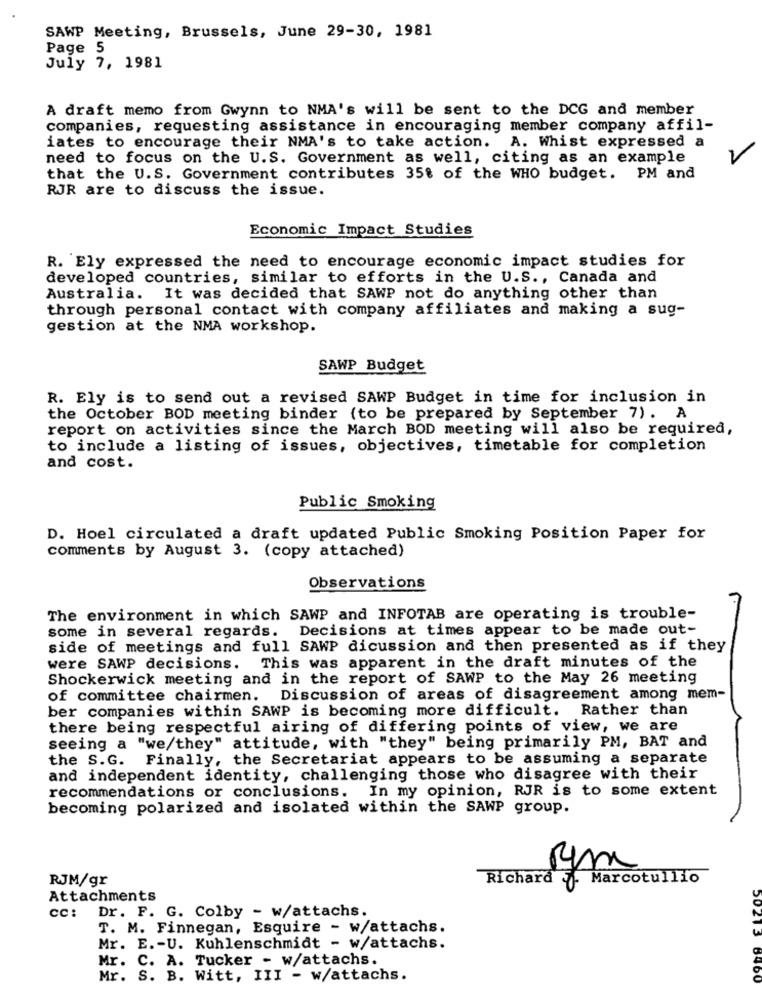
SAWP Meeting, Brussels, June 29-30, 1981
Page
5
July 7, 1981
A draft memo from Gwynn to NMA's will be sent to the DCG and member
companies, requesting assistance in encouraging member company affil-
iates to encourage their NMA's to take action.
A. Whist expressed a
need to focus on the U.S. Government as well, citing as an example
that the U.S. Government contributes 35% of the WHO budget. PM and
RJR are to discuss the issue.
Economic Impact Studies
R. Ely expressed the need to encourage economic impact studies for
developed countries, similar to efforts in the U.S ., Canada and
Australia. It was decided that SAWP not do anything other than
through personal contact with company affiliates and making a sug-
gestion at the NMA workshop.
SAWP Budget
R. Ely is to send out a revised SAWP Budget in time for inclusion in
the October BOD meeting binder (to be prepared by September 7). A
report on activities since the March BOD meeting will also be required,
to include a listing of issues, objectives, timetable for completion
and cost.
Public Smoking
D. Hoel circulated a draft updated Public Smoking Position Paper for
comments by August 3. (copy attached)
Observations
The environment in which SAWP and INFOTAB are operating is trouble-
some in several regards. Decisions at times appear to be made out-
side of meetings and full SAWP dicussion and then presented as if they
were SAWP decisions.
This was apparent in the draft minutes of the
Shockerwick meeting and in the report of SAWP to the May 26 meeting
of committee chairmen.
Discussion of areas of disagreement among mem-
ber companies within SAWP is becoming more difficult.
Rather than
there being respectful airing of differing points of view, we are
seeing a "we/they" attitude, with "they" being primarily PM, BAT and
the S.G. Finally, the Secretariat appears to be assuming a separate
and independent identity, challenging those who disagree with their
recommendations or conclusions. In my opinion, RJR is to some extent
becoming polarized and isolated within the SAWP group.
RJM/gr
Richard . Marcotullio
Attachments
CC:
Dr. F. G. Colby - w/attachs.
T. M. Finnegan, Esquire - w/attachs.
Mr. E .- U. Kuhlenschmidt - w/attachs.
Mr. C. A. Tucker - w/attachs.
Mr. S. B. Witt, III - w/attachs.
50213 8400